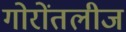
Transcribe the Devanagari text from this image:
गोरोंतलीज